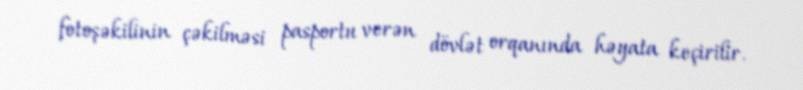
fotoşəkilinin çəkilməsi pasportu verən dövlət orqanında həyata keçirilir.